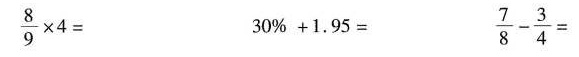
$$\frac { 8 } { 9 } \times 4 =$$ $$3 0 % + 1 . 9 5 =$$ $$\frac { 7 } { 8 } - \frac { 3 } { 4 } =$$